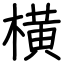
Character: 横